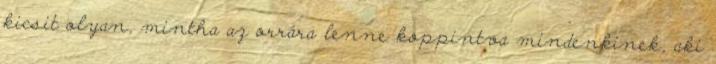
kicsit olyan, mintha az orrára lenne koppintva mindenkinek, aki